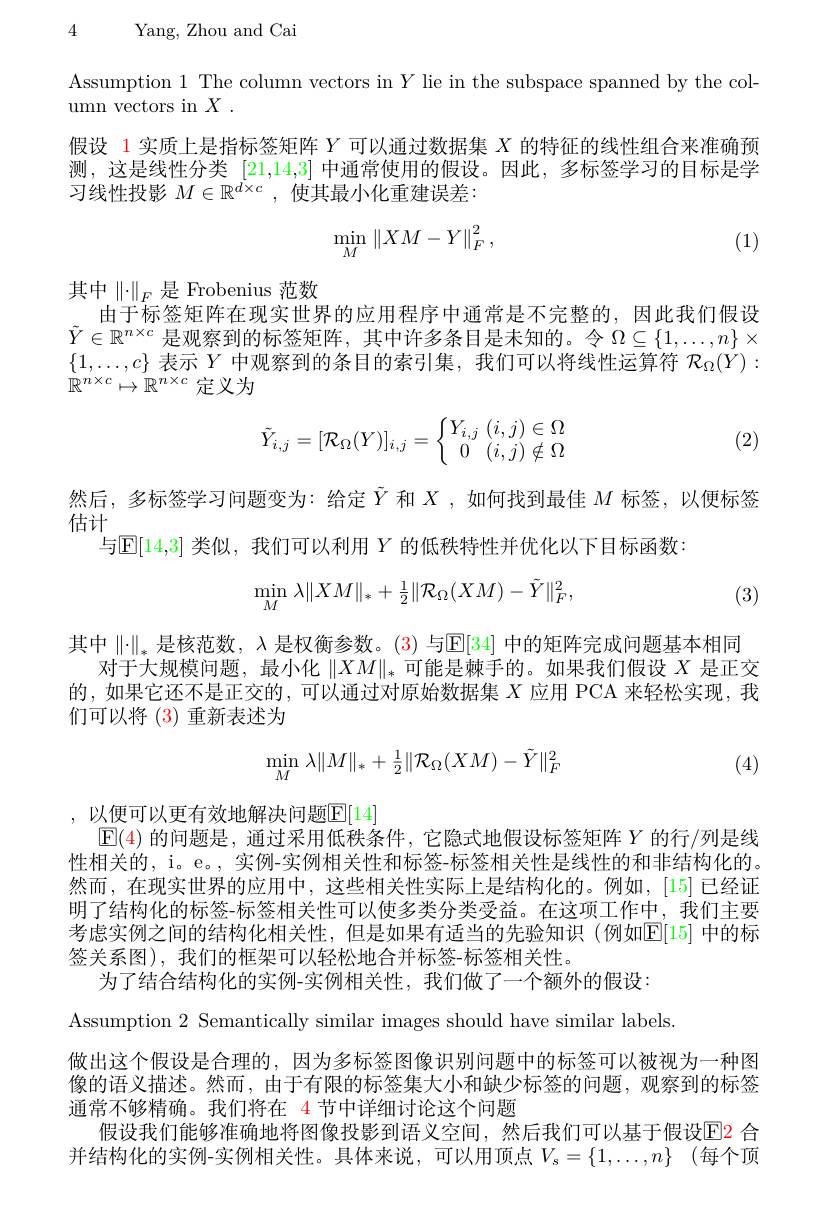
4 Yang, Zhou and Cai

Assumption 1 The column vectors in $Y$ lie in the subspace spanned by the col-
umn vectors in $X$ .

假设 1 实质上是指标签矩阵$Y$可以通过数据集$X$的特征的线性组合来准确预测，这是线性分类 [21,14,3] 中通常使用的假设。因此，多标签学习的目标是学习线性投影$M\in\mathbb{R}^{\dot{d\times c}}$,使其最小化重建误差：
$$\min_{M}\left\|XM-Y\right\|_{F}^{2},$$
(1)

其中$\left\|\cdot\right\|_F$是 Frobenius 范数

由于标签矩阵在现实世界的应用程序中通常是不完整的，因此我们假设$\tilde{Y}\in\mathbb{R}^{n\times c}$是观察到的标签矩阵，其中许多条目是未知的。令$\Omega\subseteq\{1,\ldots,n\}\times$ $\{1,\ldots,c\}$表示$Y$中观察到的条目的索引集，我们可以将线性运算符$\mathcal{R}_\Omega(\dot{Y}):$ ${\dot{\mathbb{R}}^{n\times c}}\mapsto{\mathbb{R}^{n\times c}}$定义为
$$\tilde{Y}_{i,j}=[\mathcal{R}_\Omega(Y)]_{i,j}=\left\{\begin{matrix}Y_{i,j}\:(i,j)\in\Omega\\0\:(i,j)\notin\Omega\end{matrix}\right.$$
(2)

然后，多标签学习问题变为：给定$\tilde{Y}$和$X$ ,如何找到最佳$M$标签，以便标签
估计
与$\mathbb{E}[14,3]$类似，我们可以利用$Y$的低秩特性并优化以下目标函数：
$$\min\limits_{M}\lambda\|XM\|_*+\frac{1}{2}\|\mathcal{R}_{\Omega}(XM)-\tilde{Y}\|_F^2,$$
(3)

其中$\|\cdot\|_*$是核范数，入 是权衡参数。(3) 与$\mathbb{E}[34]$中的矩阵完成问题基本相同
对于大规模问题，最小化$\|XM\|_*$可能是棘手的。如果我们假设$X$是正交的，如果它还不是正交的，可以通过对原始数据集$X$应用 PCA 来轻松实现，我们可以将 (3)重新表述为
$$\min\limits_{M}\lambda\|M\|_*+\frac{1}{2}\|\mathcal{R}_{\Omega}(XM)-\tilde{Y}\|_F^2$$
(4)

,以便可以更有效地解决问题$\overline{\mathbb{E}}[14]$
$\operatorname{E}(4)$ 的问题是，通过采用低秩条件，它隐式地假设标签矩阵 $Y$ 的行/列是线性相关的，i。e。, 实例-实例相关性和标签-标签相关性是线性的和非结构化的。然而，在现实世界的应用中，这些相关性实际上是结构化的。例如，[15]已经证明了结构化的标签-标签相关性可以使多类分类受益。在这项工作中，我们主要考虑实例之间的结构化相关性，但是如果有适当的先验知识(例如E[15] 中的标签关系图), 我们的框架可以轻松地合并标签-标签相关性。
为了结合结构化的实例-实例相关性，我们做了一个额外的假设：
Assumption 2 Semantically similar images should have similar labels
做出这个假设是合理的，因为多标签图像识别问题中的标签可以被视为一种图像的语义描述。然而，由于有限的标签集大小和缺少标签的问题，观察到的标签通常不够精确。我们将在 4 节中详细讨论这个问题
并结构化的实例-实例相关性。具体来说，可以用顶点$V_s=\{1,\ldots,n\}$(每个顶